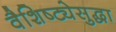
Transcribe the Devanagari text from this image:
वैशिष्ट्येसुद्धा